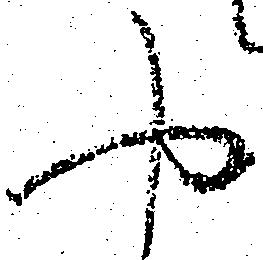
や